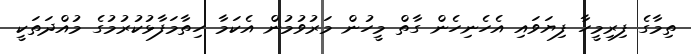
ތިމާގެ ފިރިމީހާ ފިޔަވައި އެހެނިހެން ގާތް މީހުން މަަރުވުމުން އެކަމާ ހިތާމަފާޅުކުރުމުގެ މުއްދަތަކީ